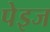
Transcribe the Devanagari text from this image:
पेइज